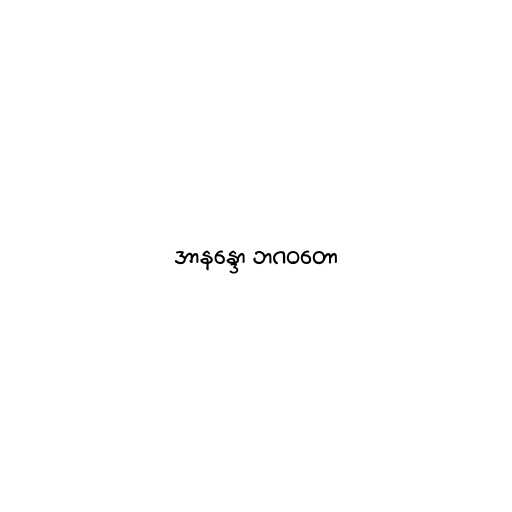
အာနန္ဒော ဘဂဝတော